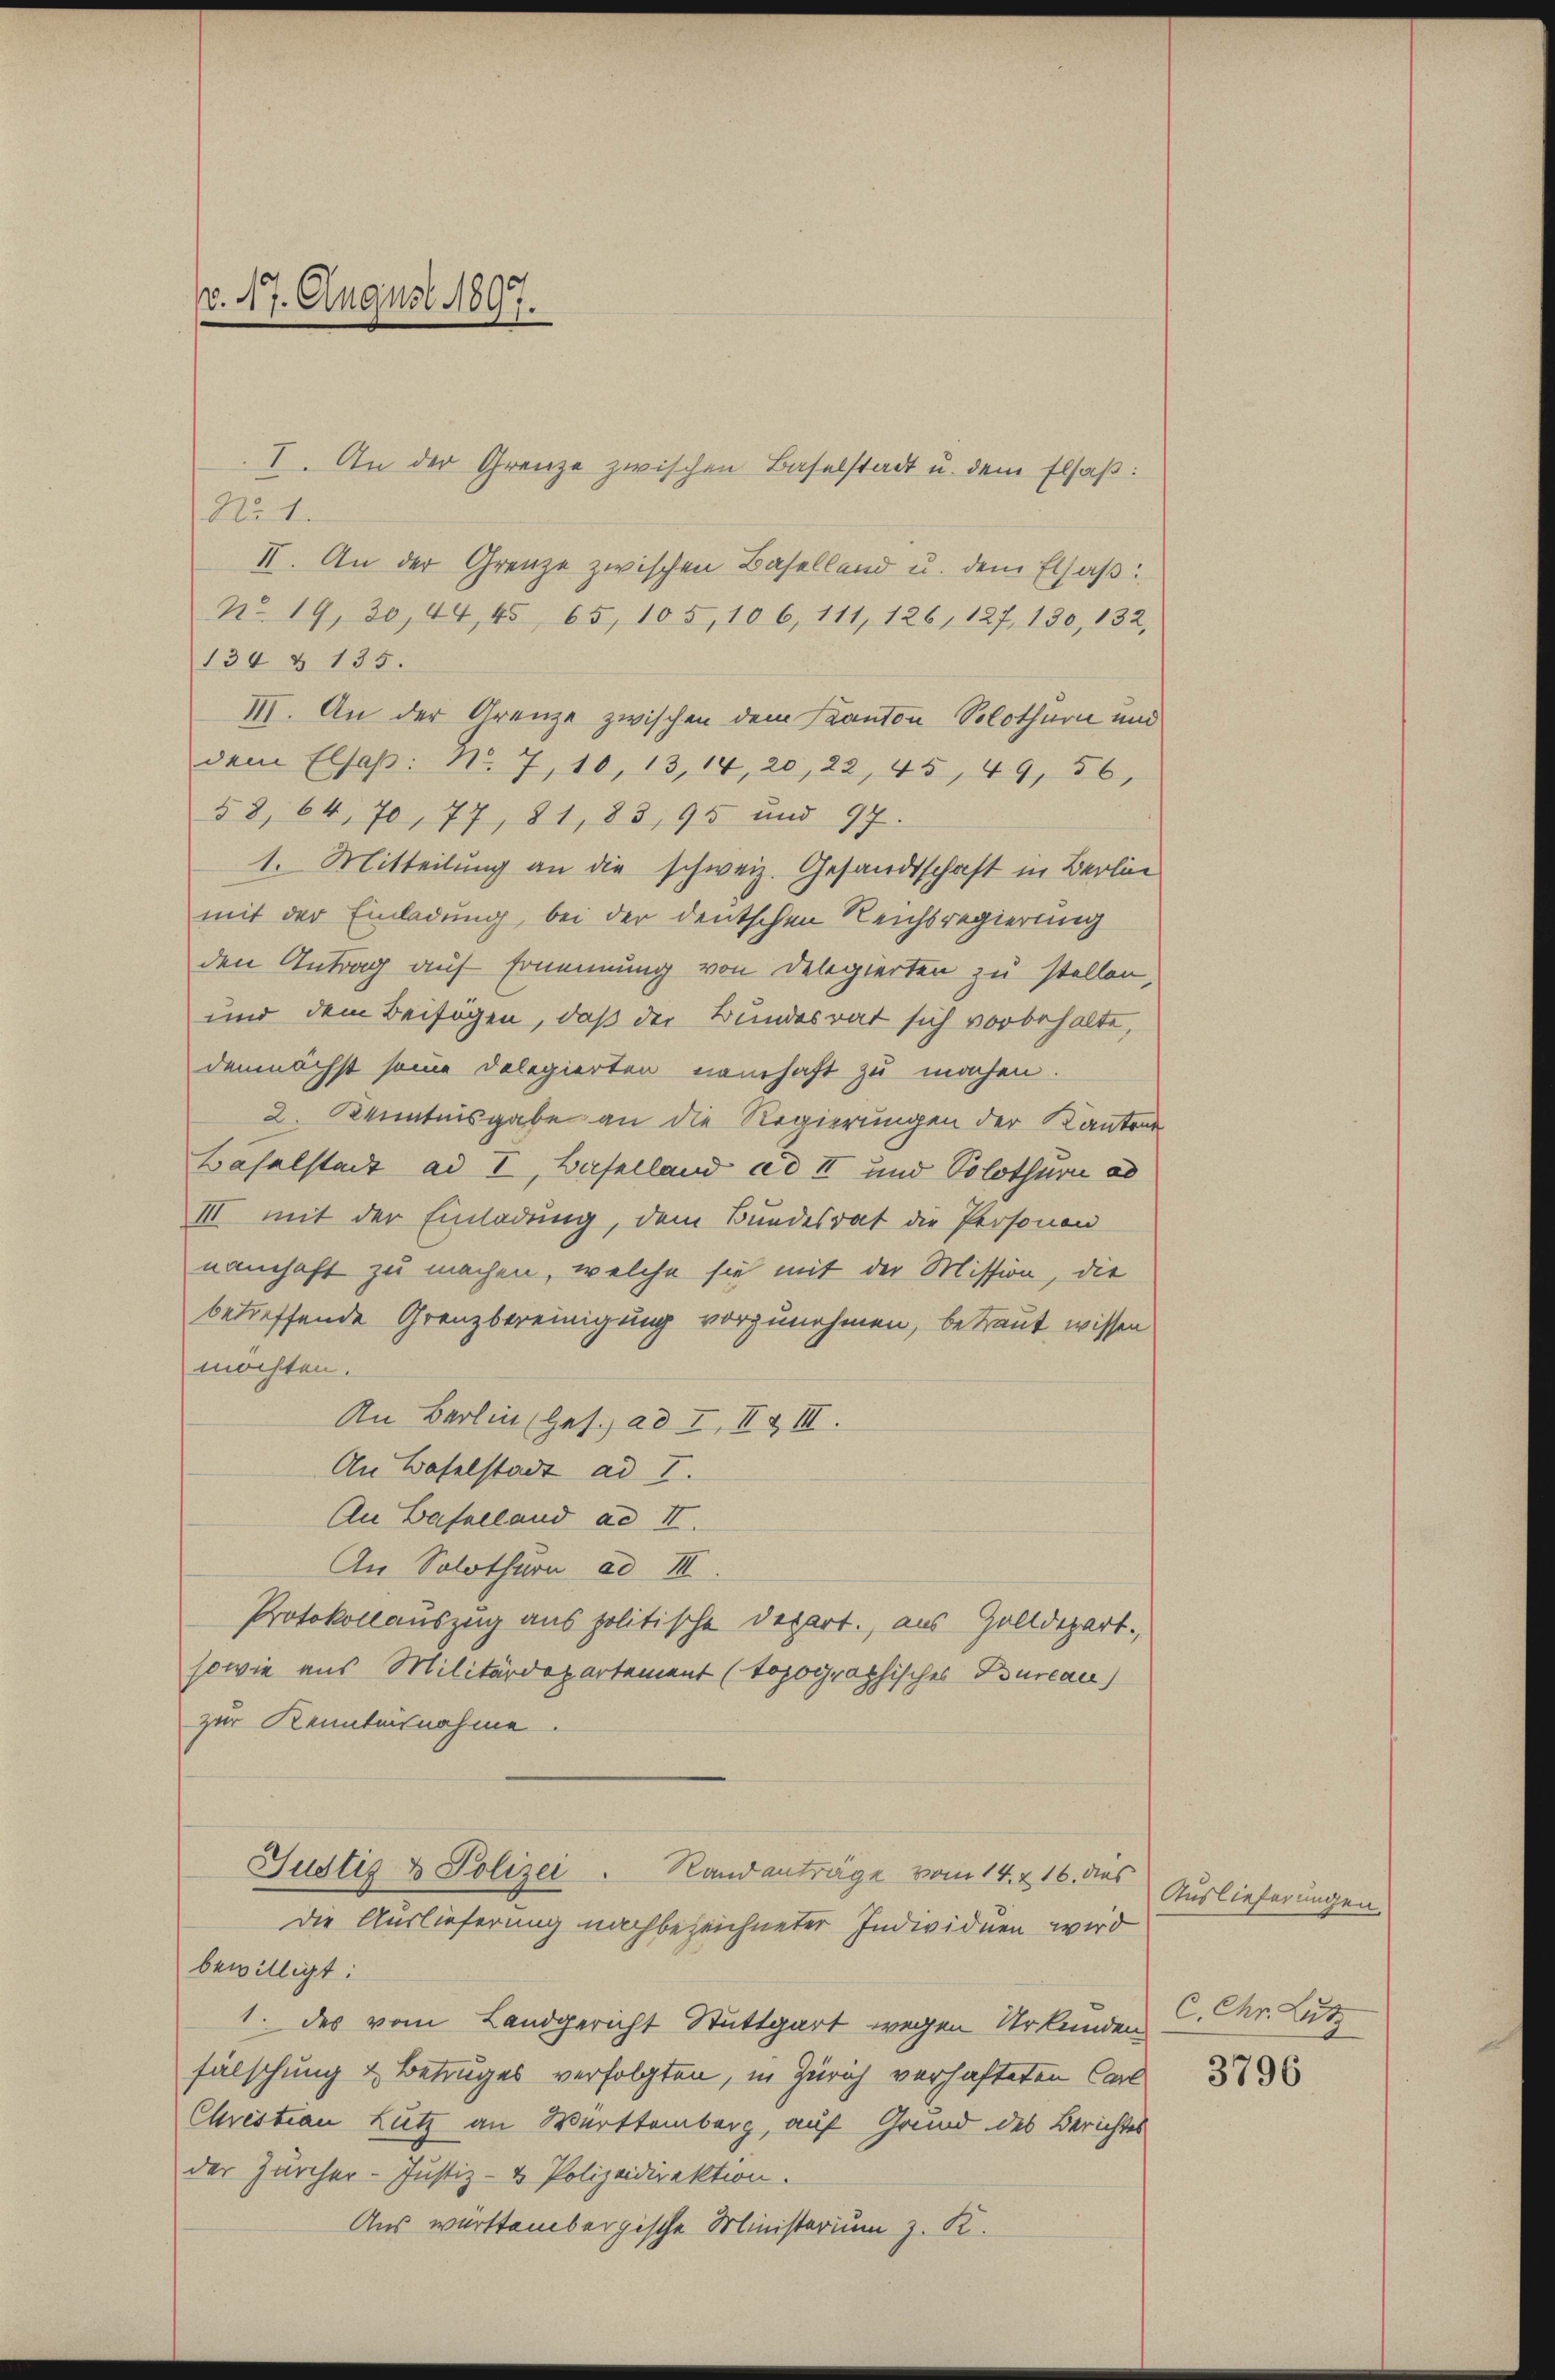
v. 17. August 1897.

I. An der Grenze zwischen Baselstadt u. dem Elsaß:

No. 1.
II. An der Grenze zwischen Baselland u. dem Elsaß:
N. 19, 30, 44, 45, 65, 105, 106, 111, 126, 127, 130, 132,
134 & 135.
III. An der Grenze zwischen dem Kanton Solothurn und
dem Elsaß: No. 7, 10, 13, 14, 20, 22, 45, 49, 56,
58, 64, 70, 77, 81, 83, 95 und 97.
1. Mitteilung an die schweiz. Gesandtschaft in Berlin
mit der Einladung, bei der deutschen Reichsregierung
den Antrag auf Ernennung von Delegierten zu stellen,
und dem Beifügen, daß der Bundesrat sich vorbehalte,
demnächst seine Delegierten namhaft zu machen.
2. Kenntnisgabe an die Regierungen der Kantone
Baselstadt ad I, Baselland ad II und Solothurn ad
III mit der Einladung, dem Bundesrat die Personen
namhaft zu machen, welche sie mit der Mission, die
betreffende Grenzbereinigung vorzunehmen, betraut wissen
möchten.
An Berlin (Ges. ad I, II & III.
An Baselstadt ad I.
An Baselland ad II.
An Solothurn ad III.
Protokollauszug aus politische Depart., aus Zolldepart.,
sowie aus Militärdepartement (topographisches Burcau)
zur Kenntnisnahme
Justiz & Polizei. Randanträge vom 14. & 16. des
die Auslieferung nachbezeichneter Individuen wird
bewilligt:
1. des vom Landgericht Stuttgart wegen Urkunden
fälschung & Betruges verfolgten, in Zürich verhafteten Carl
Christian Lutz an Württemberg, auf Grund des Berichtes
der Zürcher-Justiz- & Polizeidirektion.
Aus warttembergische Ministerium z. K.

Auslieferungen
C. Chr. Lutz

3796